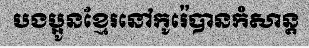
បងប្អូនខ្មែរនៅកូរ៉េបានកំសាន្ត